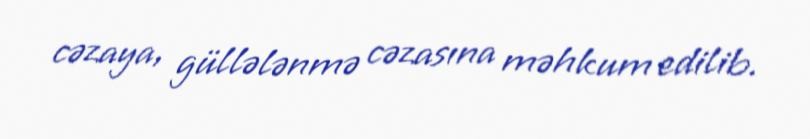
cəzaya, güllələnmə cəzasına məhkum edilib.